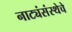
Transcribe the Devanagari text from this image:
नाट्यंसंस्थेचे